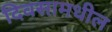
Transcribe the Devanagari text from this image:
दिवसामधील